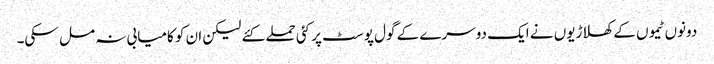
دونوں ٹیموں کے کھلاڑیوں نے ایک دوسرے کے گول پوسٹ پر کئی حملے کئے لیکن ان کو کامیابی نہ مل سکی۔